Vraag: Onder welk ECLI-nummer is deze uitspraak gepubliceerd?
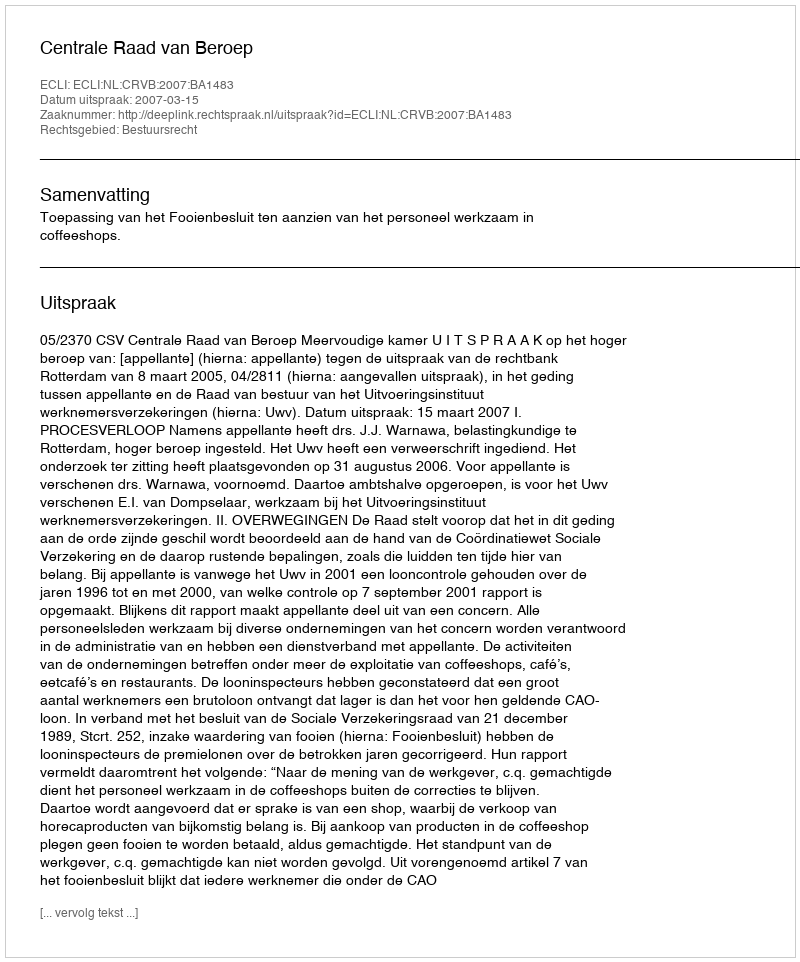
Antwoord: ECLI:NL:CRVB:2007:BA1483